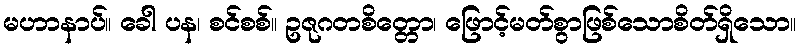
မဟာနာပ်။ ခေါ ပန၊ စင်စစ်။ ဥဇုဂတစိတ္တော၊ ဖြောင့်မတ်စွာဖြစ်သောစိတ်ရှိသော။